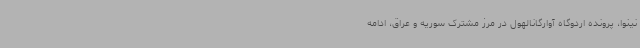
نینوا، پرونده اردوگاه آوارگانالهول در مرز مشترک سوریه و عراق، ادامه